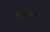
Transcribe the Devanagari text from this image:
नसणाऱ्यांना